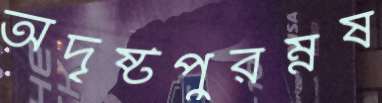
অদৃষ্টপুরম্নষ